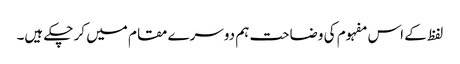
لفظ کے اس مفہوم کی وضاحت ہم دوسرے مقام میں کر چکے ہیں۔